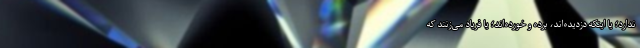
ندارد؛‌ یا اینکه دزدیده‌اند، برده‌ و خورده‌اند؛ یا فریاد می‌زنند که